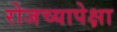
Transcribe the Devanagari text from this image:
रोजच्यापेक्षा